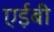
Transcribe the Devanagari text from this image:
एईबी